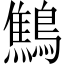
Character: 鷦